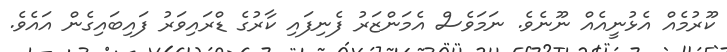
ކޫރުމެއް އެޅުނީއެއް ނޫނެވެ. ނަމަވެސް އެމަންޒަރު ފެނިފައި ކާރުގެ ޑްރައިވަރު ފައިބައިގެން އައެވެ.